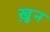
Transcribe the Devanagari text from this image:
ख़ुन